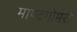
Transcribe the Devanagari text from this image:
माण्टगोमरी